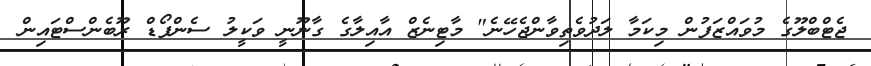
ޖެޓްބްލޫގެ މުވައްޒަފުން މިކަމާ ލަދުވެތިވާންޖެހޭނެ" މާޓިނެޒް އާއިލާގެ ގާނޫނީ ވަކީލު ސެންފޯޑް ރޫބެންސްޓައިން